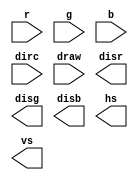
`timescale 1ns / 1ps
//////////////////////////////////////////////////////////////////////////////////
// Company: 
// Engineer: 
// 
// Design Name: 
// Module Name: draw_board
// Project Name: 
// Target Devices: 
// Tool Versions: 
// Description: 
// 
// Dependencies: 
// 
// Revision:
// Revision 0.01 - File Created
// Additional Comments:
// 
//////////////////////////////////////////////////////////////////////////////////


module draw_board(
    input [3:0]r, g, b,
    input [3:0]dirc,
    input draw,
    output [3:0]disr, disg, disb,
    output hs, vs
    );
endmodule